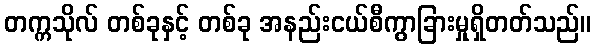
တက္ကသိုလ် တစ်ခုနှင့် တစ်ခု အနည်းငယ်စီကွာခြားမှုရှိတတ်သည်။